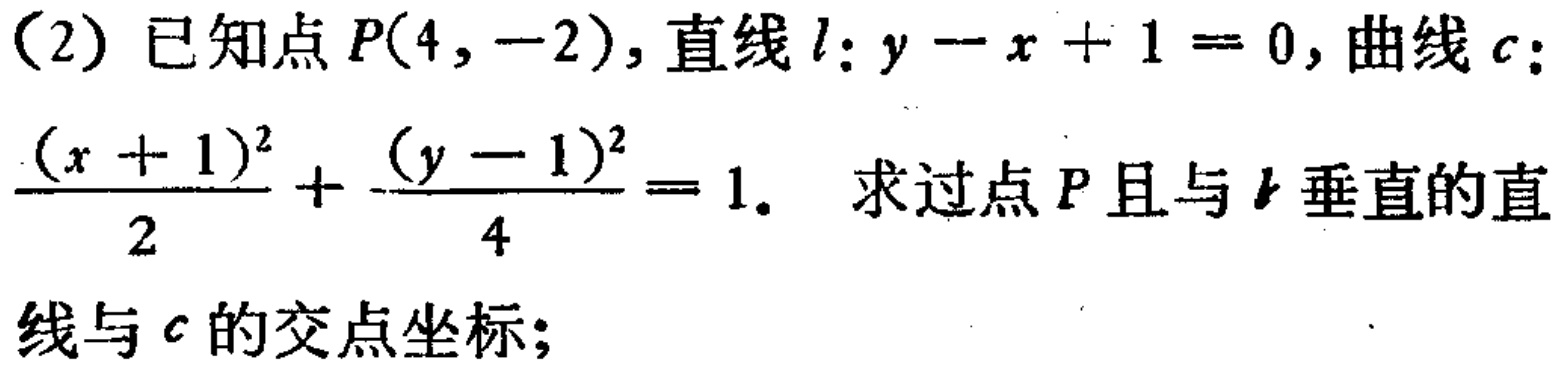
(2) 已知点 \(P(4,-2)\)，直线 \(l:y - x + 1 = 0\)，曲线 \(c:\frac{(x + 1)^2}{2}+\frac{(y - 1)^2}{4}=1\)。 求过点 \(P\) 且与 \(l\) 垂直的直线与 \(c\) 的交点坐标；